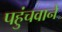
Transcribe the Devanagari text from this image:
पहुंचवाने